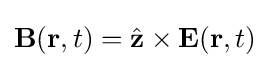
\mathbf {B} (\mathbf {r} ,t)={\hat {\mathbf {z} }}\times \mathbf {E} (\mathbf {r} ,t)